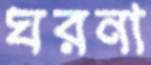
ঘরনা